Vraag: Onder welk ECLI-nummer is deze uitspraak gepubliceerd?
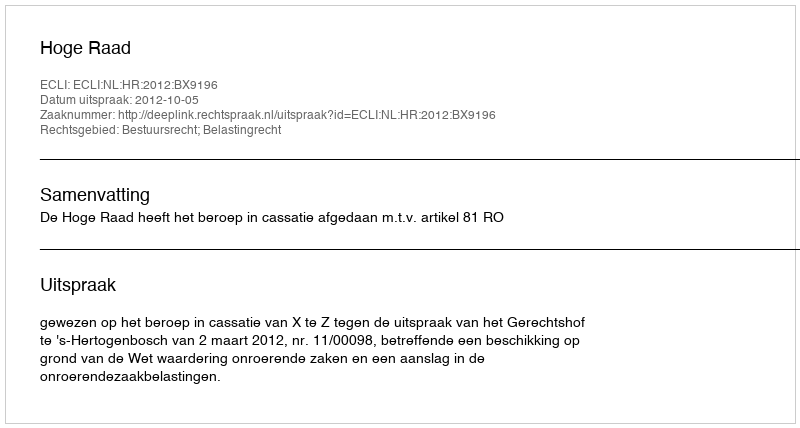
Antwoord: ECLI:NL:HR:2012:BX9196